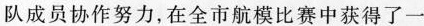
队成员协作努力，在全市航模比赛中获得了一